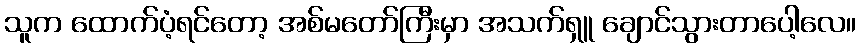
သူက ထောက်ပံ့ရင်တော့ အစ်မတော်ကြီးမှာ အသက်ရှူ ချောင်သွားတာပေါ့လေ။